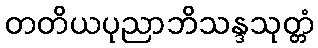
တတိယပုညာဘိသန္ဒသုတ္တံ